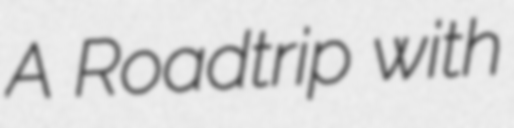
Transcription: A Roadtrip with